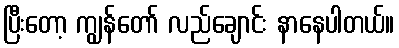
ပြီးတော့ ကျွန်တော် လည်ချောင်း နာနေပါတယ်။